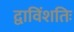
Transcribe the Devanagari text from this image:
द्वाविंशतिः